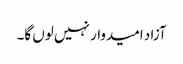
آزاد امیدوار نہیں لوں گا۔